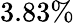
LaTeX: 3.83\%